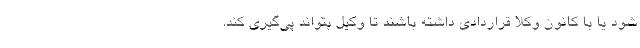
شود یا با کانون وکلا قراردادی داشته باشند تا وکیل بتواند پی‌گیری کند.